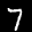
Label: 7